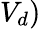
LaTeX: V_{d})